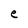
Character: e